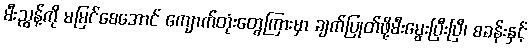
မီးညွန့်ကို မမြင်စေအောင် ကျောက်တုံးတွေကြားမှာ ချက်ပြုတ်ဖို့မီးမွေးပြီးပြီ၊ စခန်းနှင့်